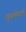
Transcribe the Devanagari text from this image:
सुधर्मस्वामी